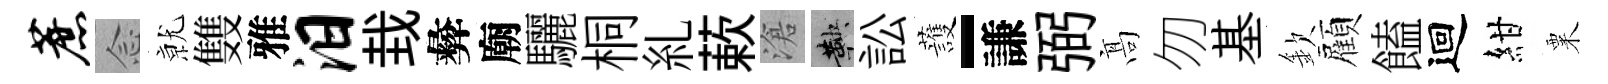
蔗𫝹𭕒䨇雅汨㘽彜廟驪桐糺蔌滄鞅訟䕶-謙弼髙勿基欽顏饁迴紺粟